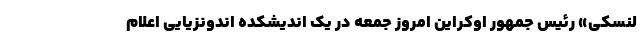
لنسکی» رئیس جمهور اوکراین امروز جمعه در یک اندیشکده اندونزیایی اعلام